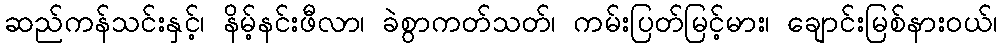
ဆည်ကန်သင်းနှင့်၊ နိမ့်နင်းဖီလာ၊ ခဲစွာကတ်သတ်၊ ကမ်းပြတ်မြင့်မား၊ ချောင်းမြစ်နားဝယ်၊